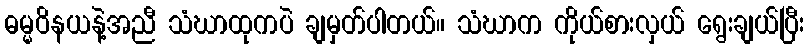
ဓမ္မဝိနယနဲ့အညီ သံဃာထုကပဲ ချမှတ်ပါတယ်။ သံဃာက ကိုယ်စားလှယ် ရွေးချယ်ပြီး